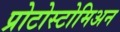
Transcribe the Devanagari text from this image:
प्रोटोस्टोमिअन